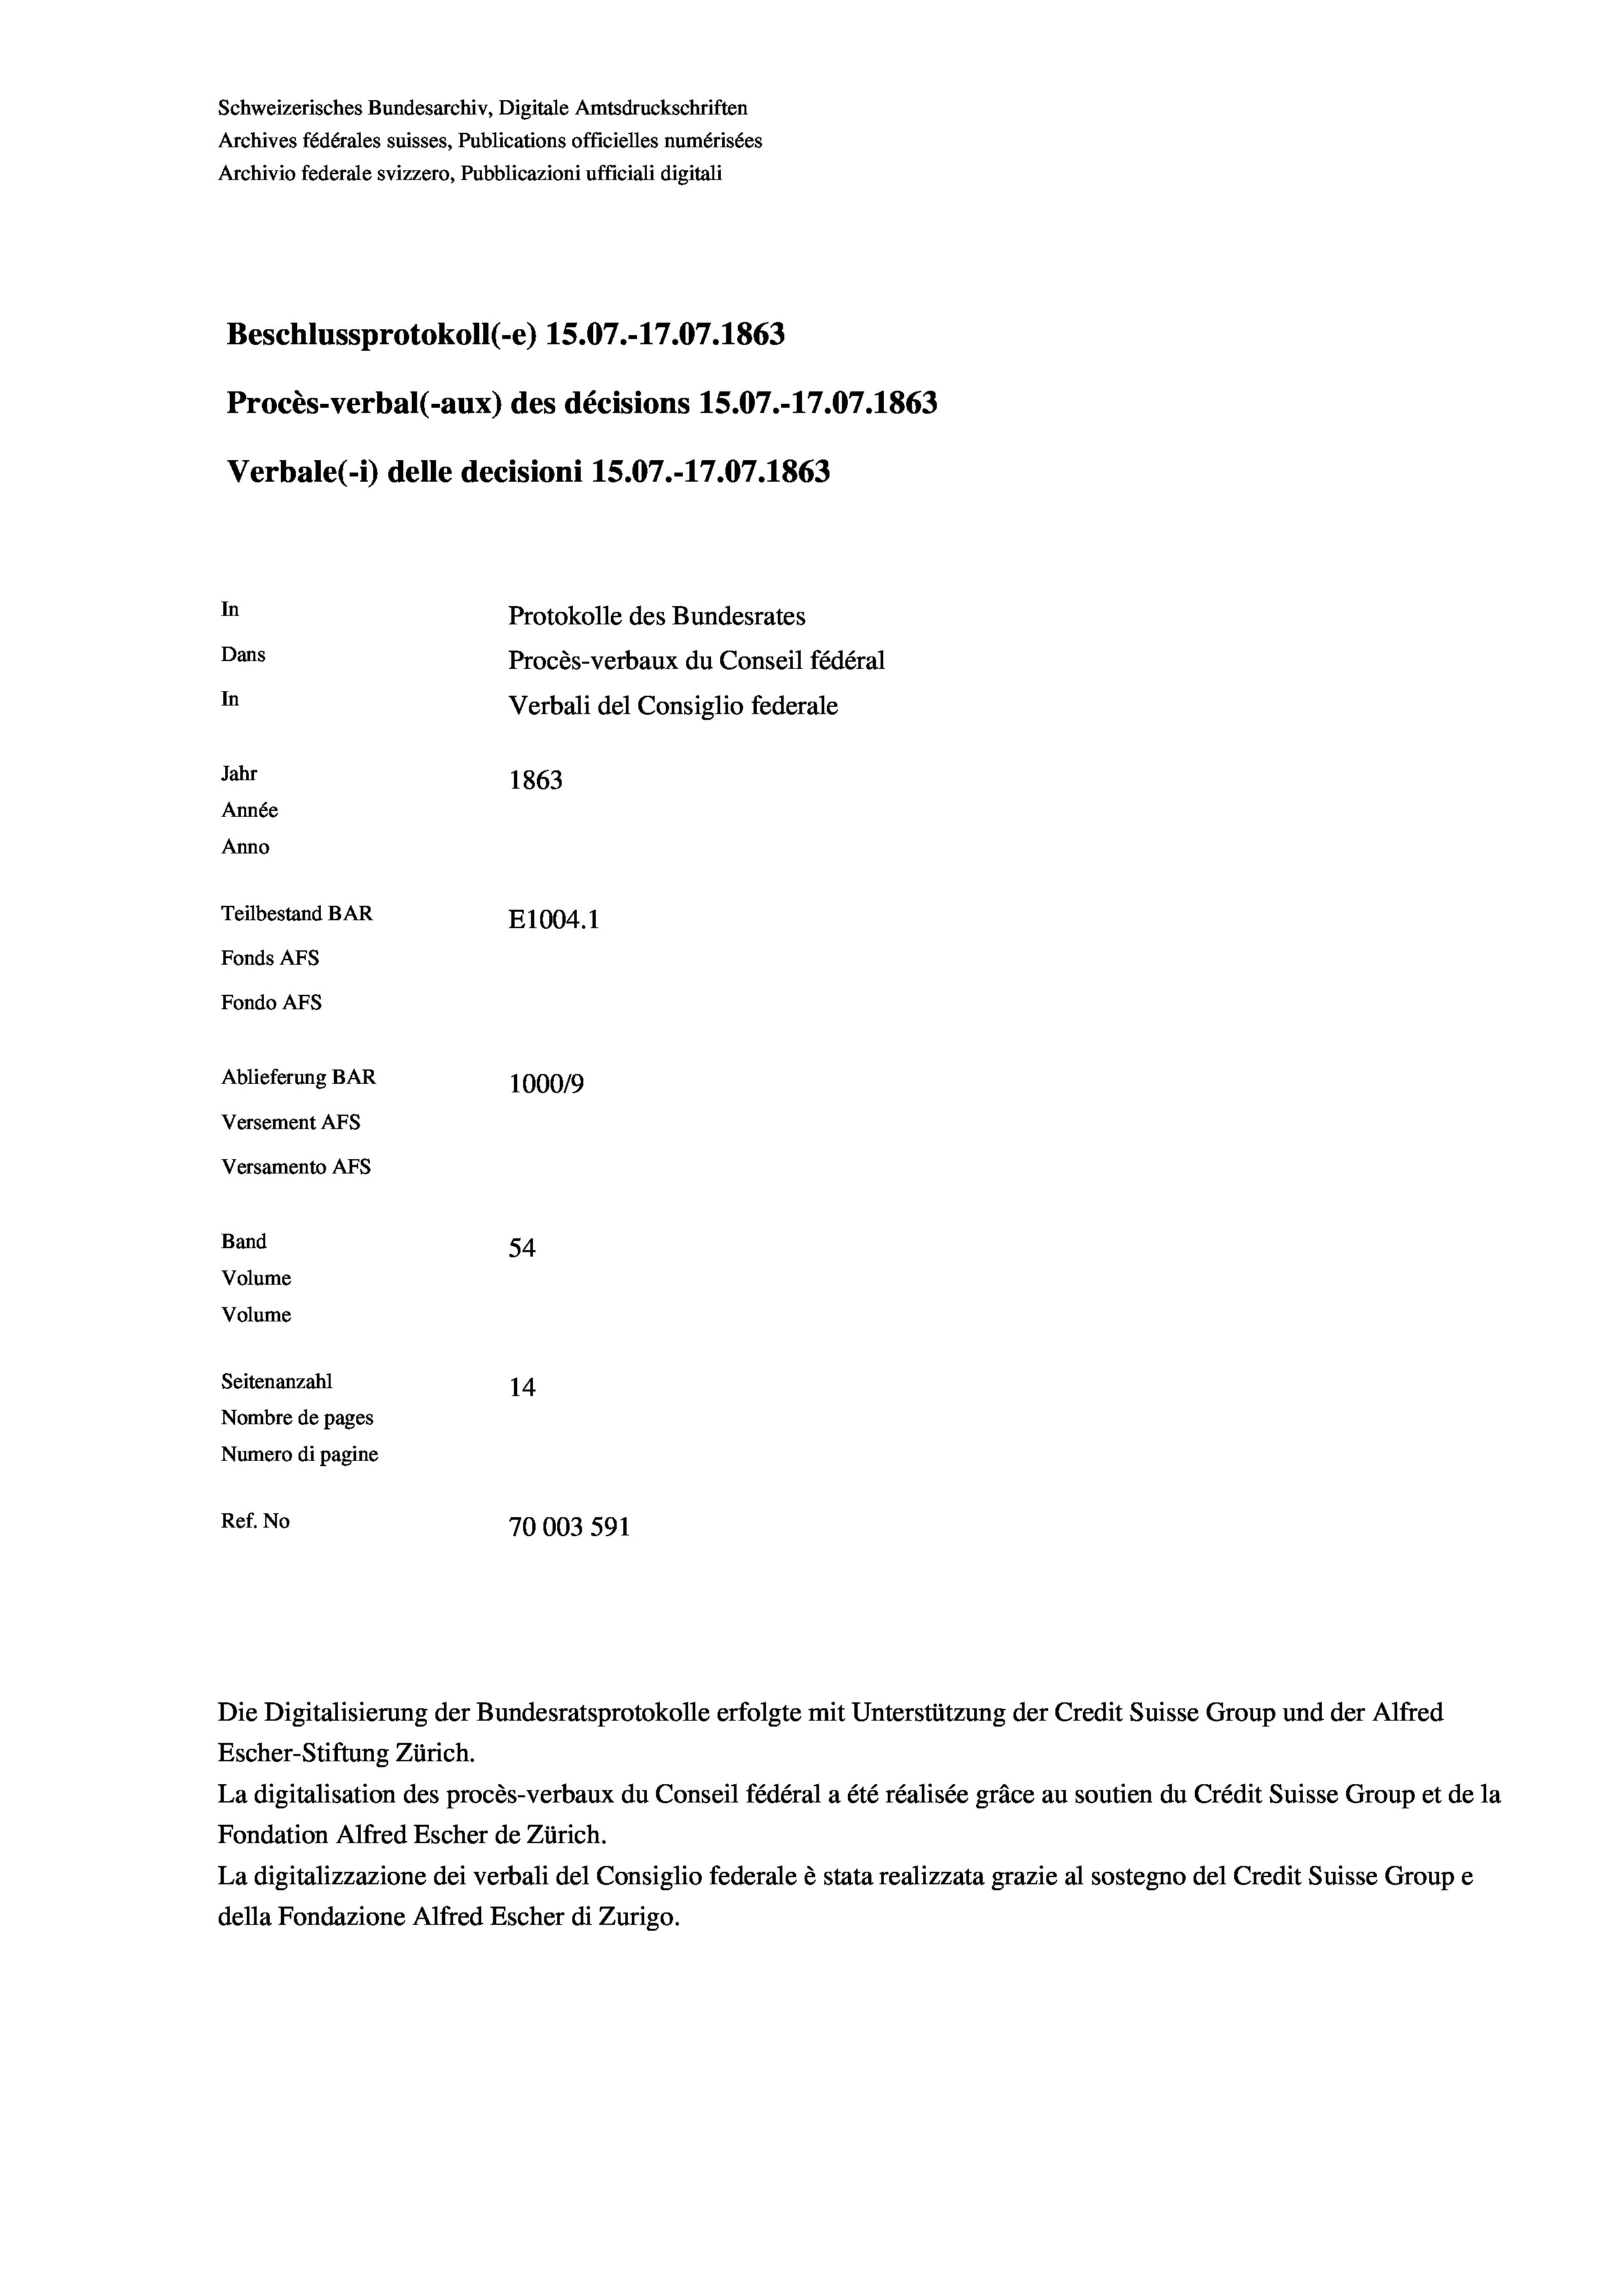
Schweizerisches Bundesarchiv, Digitale Amtsdruckschriften
Archives fédérales suisses, Publications officielles numérisées
Archivio federale svizzero, Pubblicazioni ufficiali digitali
Beschlussprotokoll (e) 15.07.-17.07. 1863
Procès-verbal (-aux) des décisions 15.07.-17.07. 1863
Verbale (- 1) delle decisioni 15.07.-17.07. 1863
In
Protokolle des Bundesrates
Dans
Procès-verbaux du Conseil fédéral
In
Verbali del Consiglio federale
Jahr
1863
Année
Anno
Teilbestand BAR
E1004. 1
Fonds AFs
Fondo AFs
Ablieferung BAR
100019
Versement AFs
Versamento AFs
Band
54
Volume
Volume

Seitenanzahl

14.
Nombre de pages
Numero di pagine
Ref. No
70003 591

Escher-Stiftung Zürich.
La digitalisation des procès-verbaux du Conseil fédéral a été réalisée gräce au soutien du Crédit Suisse Group et de la
Fondation Alfred Escher de Zürich.
La digitalizzazione dei verbali del Consiglio federale è stata realizzata grazie al sostegno del Credit Suisse Groupe
della Fondazione Alfred Escher di Zurigo.

Die Digitalisierung der Bundesratsprotokolle erfolgte mit Unterstützung der Credit Suisse Group und der Alfred